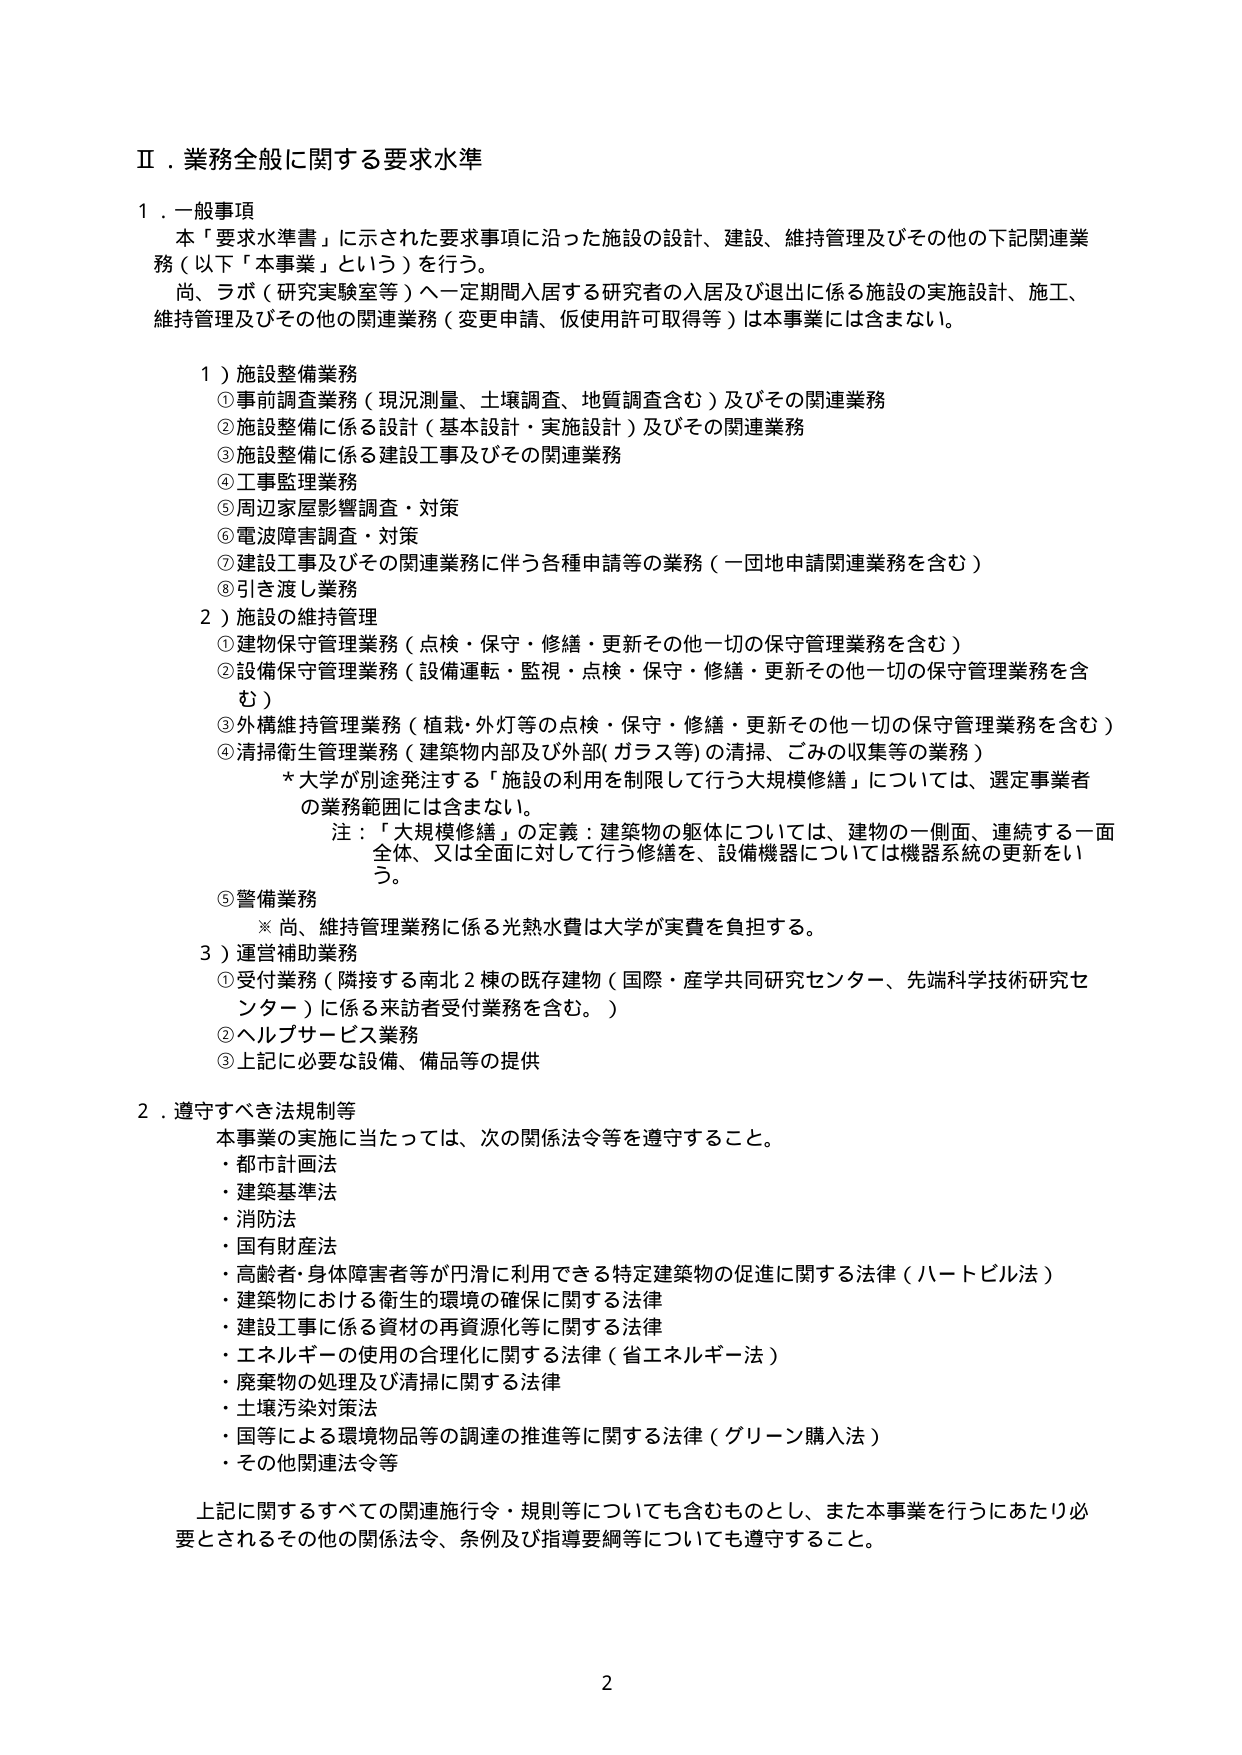
Ⅱ．業務全般に関する要求水準

１．一般事項
本「要求水準書」に示された要求事項に沿った施設の設計、建設、維持管理及びその他の下記関連業務（以下「本事業」という）を行う。
尚、ラボ（研究実験室等）へ一定期間入居する研究者の入居及び退出に係る施設の実施設計、施工、維持管理及びその他の関連業務（変更申請、仮使用許可取得等）は本事業には含まない。

１）施設整備業務
①事前調査業務（現況測量、土壌調査、地質調査含む）及びその関連業務
②施設整備に係る設計（基本設計・実施設計）及びその関連業務
③施設整備に係る建設工事及びその関連業務
④工事監理業務
⑤周辺家屋影響調査・対策
⑥電波障害調査・対策
⑦建設工事及びその関連業務に伴う各種申請等の業務（一団地申請関連業務を含む）
⑧引き渡し業務

２）施設の維持管理
①建物保守管理業務（点検・保守・修繕・更新その他一切の保守管理業務を含む）
②設備保守管理業務（設備運転・監視・点検・保守・修繕・更新その他一切の保守管理業務を含む）
③外構維持管理業務（植栽・外灯等の点検・保守・修繕・更新その他一切の保守管理業務を含む）
④清掃衛生管理業務（建築物内部及び外部（ガラス等）の清掃、ごみの収集等の業務）
　＊大学が別途発注する「施設の利用を制限して行う大規模修繕」については、選定事業者の業務範囲には含まない。
　　注：「大規模修繕」の定義：建築物の躯体については、建物の一側面、連続する一面全体、又は全面に対して行う修繕を、設備機器については機器系統の更新をいう。

⑤警備業務
　※尚、維持管理業務に係る光熱水費は大学が実費を負担する。

３）運営補助業務
①受付業務（隣接する南北２棟の既存建物（国際・産学共同研究センター、先端科学技術研究センター）に係る来訪者受付業務を含む。）
②ヘルプサービス業務
③上記に必要な設備、備品等の提供

２．遵守すべき法規制等
本事業の実施に当たっては、次の関係法令等を遵守すること。
・都市計画法
・建築基準法
・消防法
・国有財産法
・高齢者・身体障害者等が円滑に利用できる特定建築物の促進に関する法律（ハートビル法）
・建築物における衛生的環境の確保に関する法律
・建設工事に係る資材の再資源化等に関する法律
・エネルギーの使用の合理化に関する法律（省エネルギー法）
・廃棄物の処理及び清掃に関する法律
・土壌汚染対策法
・国等による環境物品等の調達の推進等に関する法律（グリーン購入法）
・その他関連法令等

上記に関するすべての関連施行令・規則等についても含むものとし、また本事業を行うにあたり必要とされるその他の関係法令、条例及び指導要綱等についても遵守すること。

2